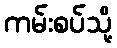
ကမ်းစပ်သို့